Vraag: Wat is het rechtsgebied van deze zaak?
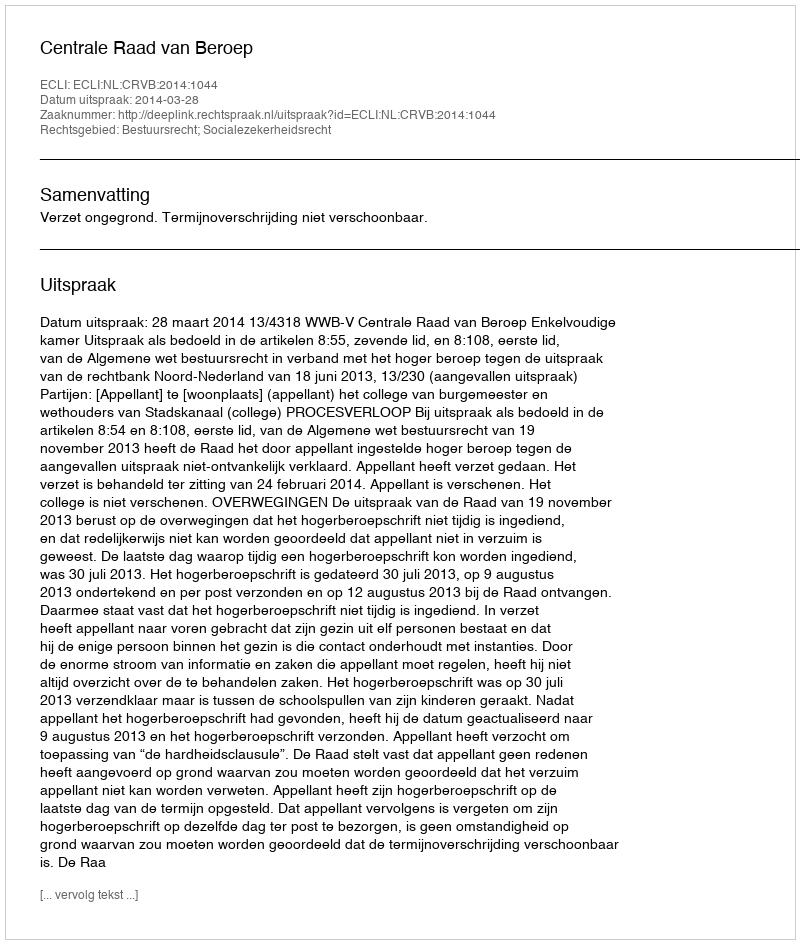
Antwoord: Bestuursrecht; Socialezekerheidsrecht